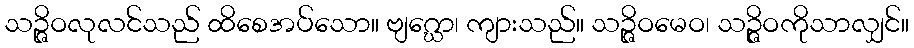
သဉ္ဇိဝလုလင်သည် ထိစေအပ်သော။ ဗျဂ္ဃော၊ ကျားသည်။ သဉ္ဇိဝမေဝ၊ သဉ္ဇိဝကိုသာလျှင်။